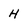
Character: H